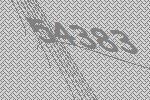
54383